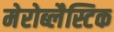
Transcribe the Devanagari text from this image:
मेरोब्लैस्टिक